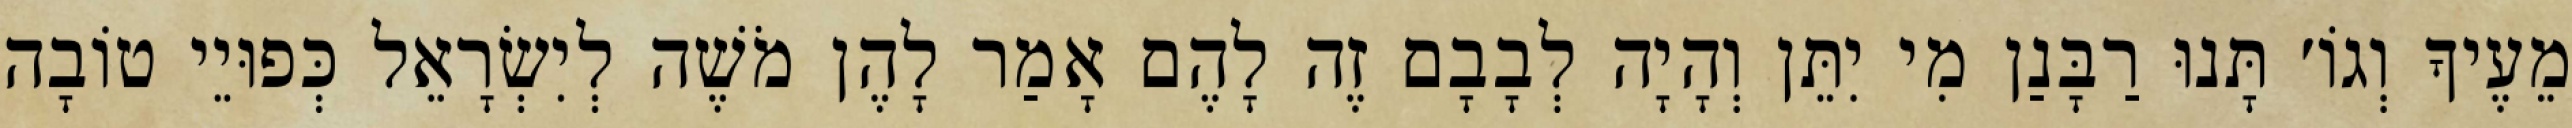
מֵעֶיךָ וְגוֹ׳ תָּנוּ רַבָּנַן מִי יִתֵּן וְהָיָה לְבָבָם זֶה לָהֶם אָמַר לָהֶן מֹשֶׁה לְיִשְׂרָאֵל כְּפוּיֵי טוֹבָה